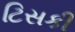
ટિસકી